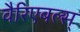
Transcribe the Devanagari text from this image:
वैरिएबल्स्